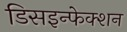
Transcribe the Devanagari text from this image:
डिसइन्फेक्शन